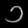
Digit: ၁